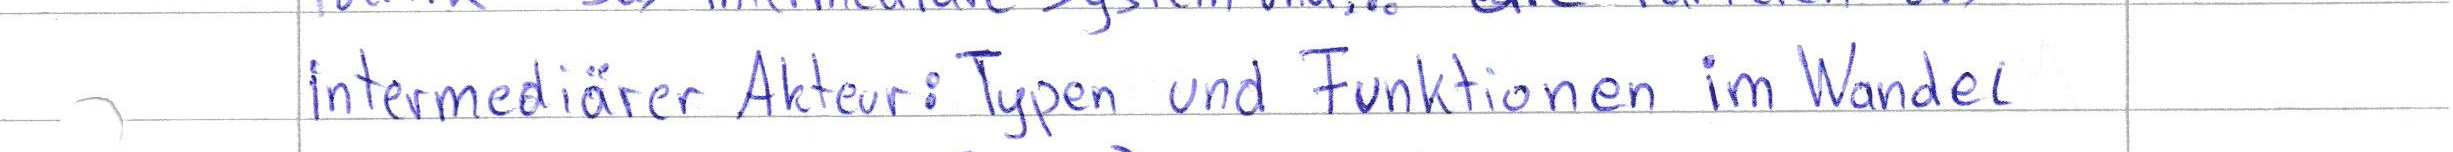
Intermediärer Akteur: Typen und Funktionen im Wandel